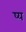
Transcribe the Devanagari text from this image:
ष्य